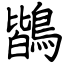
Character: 鶛